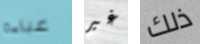
عباءة غير ذلك